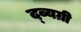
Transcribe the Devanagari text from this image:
द्व्यग्री